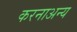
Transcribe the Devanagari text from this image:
करनाअन्य